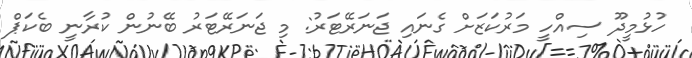
ހުޅުމީދޫ ސިއްހީ މަރުކަޒަށް ގެނައި ޖަނަރޭޓަރު: މި ޖަނަރޭޓަރު ބޭނުން ކުރާނީ ބެކަޕް